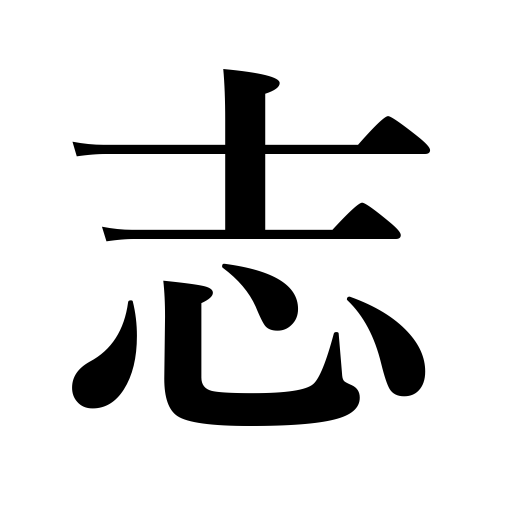
Meanings: intention,ambition,kindness,will,determine,record,intend,aim,resolve,motive,aim at,plan,determination,aspire to,offering Buddhist,hopes,gift,shilling